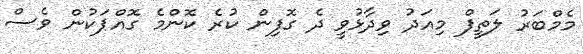
މެމްބަރު ލަތީފް މިއަދު ވިދާޅުވީ ދެ ގޮފިން ކުރެ ކޮންމެ ގޮއްޕަކުން ވެސް